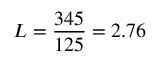
L = \frac { 3 4 5 } { 1 2 5 } = 2 . 7 6